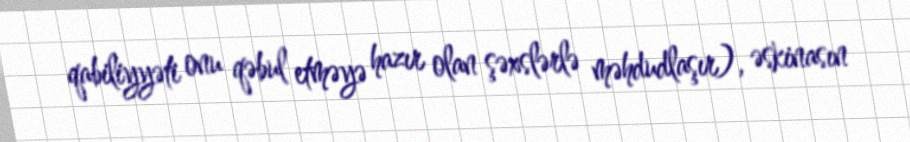
qabiliyyəti onu qəbul etməyə hazır olan şəxslərlə məhdudlaşır), əskinasın